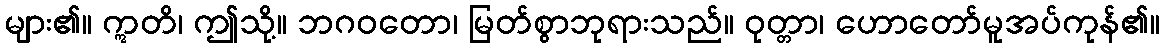
များ၏။ ဣတိ၊ ဤသို့။ ဘဂဝတော၊ မြတ်စွာဘုရားသည်။ ဝုတ္တာ၊ ဟောတော်မူအပ်ကုန်၏။